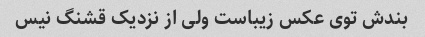
بندش توی عکس زیباست ولی از نزدیک قشنگ نیس